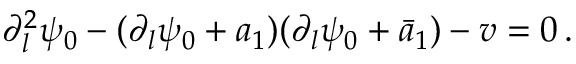
\partial _ { l } ^ { 2 } \psi _ { 0 } - ( \partial _ { l } \psi _ { 0 } + a _ { 1 } ) ( \partial _ { l } \psi _ { 0 } + \bar { a } _ { 1 } ) - v = 0 \, .